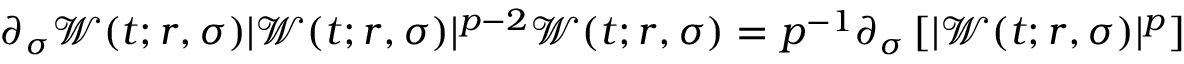
\partial _ { \sigma } \mathcal { W } ( t ; r , \sigma ) | \mathcal { W } ( t ; r , \sigma ) | ^ { p - 2 } \mathcal { W } ( t ; r , \sigma ) = p ^ { - 1 } \partial _ { \sigma } \left[ | \mathcal { W } ( t ; r , \sigma ) | ^ { p } \right]